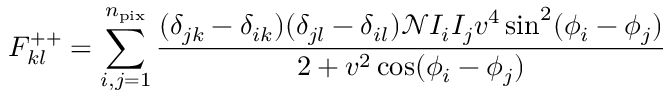
F _ { k l } ^ { + + } = \sum _ { i , j = 1 } ^ { n _ { \mathrm { p i x } } } \frac { ( \delta _ { j k } - \delta _ { i k } ) ( \delta _ { j l } - \delta _ { i l } ) \mathcal { N } I _ { i } I _ { j } v ^ { 4 } \sin ^ { 2 } ( \phi _ { i } - \phi _ { j } ) } { 2 + v ^ { 2 } \cos ( \phi _ { i } - \phi _ { j } ) }